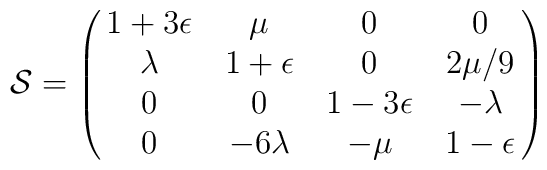
{\cal S}=\pmatrix{1+3\epsilon&\mu    &0&0\cr           \lambda& 1+\epsilon &0&2\mu/9\cr            0&0           &1-3\epsilon&-\lambda\cr            0& -6\lambda &-\mu&1-\epsilon \cr }